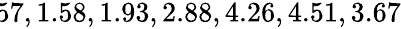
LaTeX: \! \! \! \! \! \! \! \! \! \! \! \! \! \! \! \! \! \! \overline{{\epsilon}}_{r}\! \! =\! \! \{ 1.57,1.58,1.93,2.88,4.26,4.51,3.67\} \! \! \!